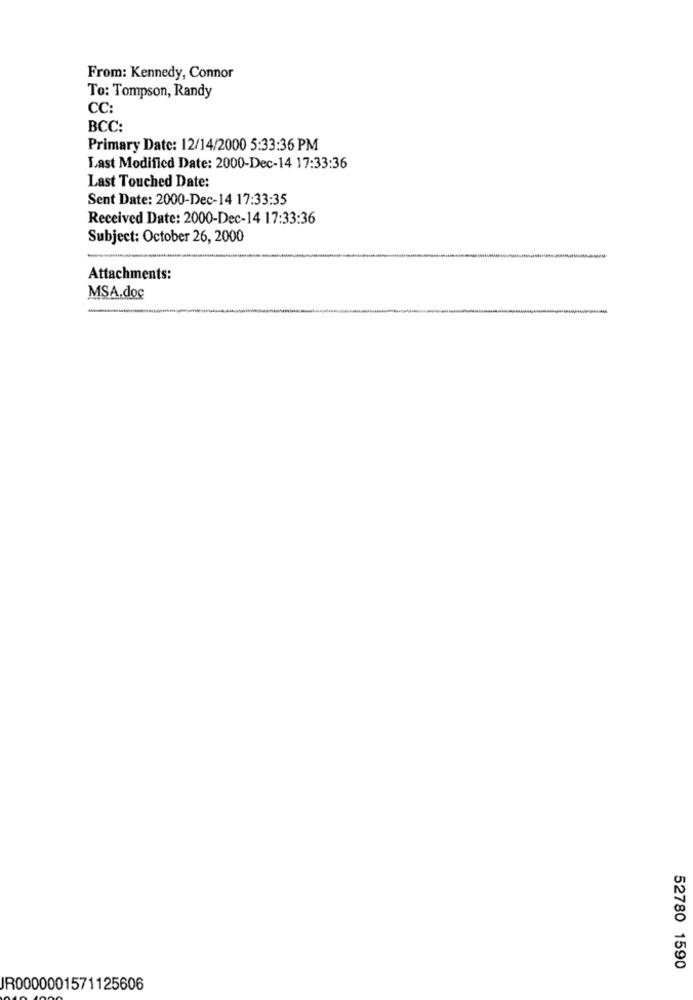
From: Kennedy, Connor
To: Tompson, Randy
CC:
BCC:
Primary Date: 12/14/2000 5:33:36 PM
Last Modified Date: 2000-Dec-14 17:33:36
Last Touched Date:
Sent Date: 2000-Dec-14 17:33:35
Received Date: 2000-Dec-14 17:33:36
Subject: October 26, 2000
Attachments:
MSA.doc
-
52780 1590
IR0000001571125606